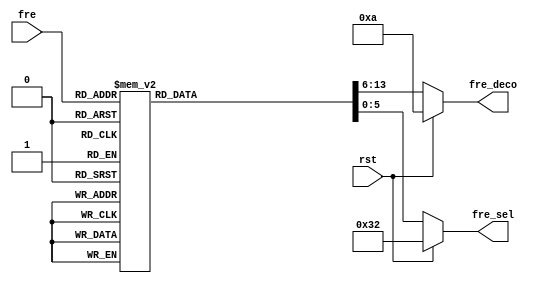

module Memoria_frecuencias(

	input rst,
	input [2:0]fre,
	output reg [5:0]fre_sel = 6'd0,output reg [7:0] fre_deco= 8'd0

    );

always@*
	if(rst)begin
		fre_sel=6'd50;fre_deco=8'd10;end
	else begin
	case(fre)
	3'd0:begin fre_sel=6'd50;fre_deco=8'd10; end
	3'd1:begin fre_sel=6'd17;fre_deco=8'd30; end
	3'd2:begin fre_sel=6'd10;fre_deco=8'd50; end
	3'd3:begin fre_sel=6'd7;fre_deco=8'd75; end
	3'd4:begin fre_sel=6'd5;fre_deco=8'd100; end
	3'd5:begin fre_sel=6'd4;fre_deco=8'd125; end
	3'd6:begin fre_sel=6'd3;fre_deco=8'd175; end
	3'd7:begin fre_sel=6'd2;fre_deco=8'd250; end
	default:begin fre_sel=6'dx;fre_deco=8'dx;end
	endcase
	end

endmodule